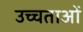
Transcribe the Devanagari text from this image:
उच्चताओं